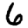
Digit: 6